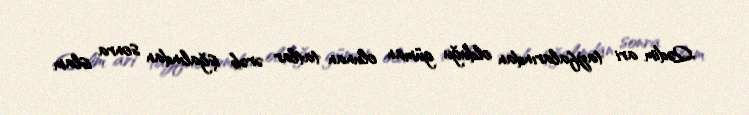
Qədim ari tayfalarından olduğu güman olunan tatlar ərəb işğalından sonra islam